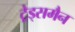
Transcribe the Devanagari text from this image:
ट्रेड्समैन